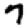
Digit: 7